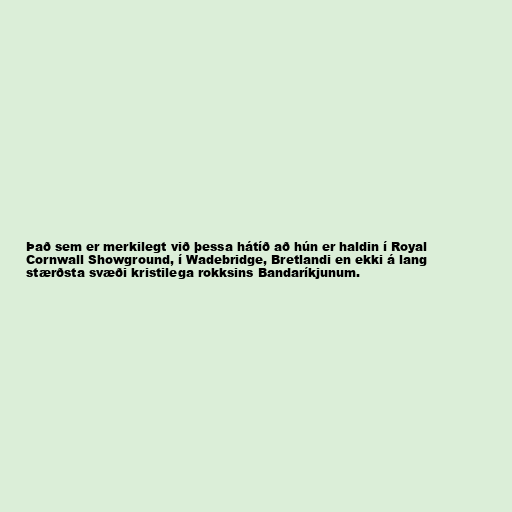
Það sem er merkilegt við þessa hátíð að hún er haldin í Royal
Cornwall Showground, í Wadebridge, Bretlandi en ekki á lang
stærðsta svæði kristilega rokksins Bandaríkjunum.